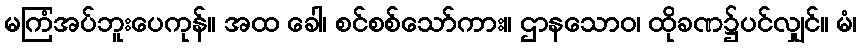
မကြံအပ်ဘူးပေကုန်။ အထ ခေါ၊ စင်စစ်သော်ကား။ ဌာနသောဝ၊ ထိုခဏ၌ပင်လျှင်။ မံ၊